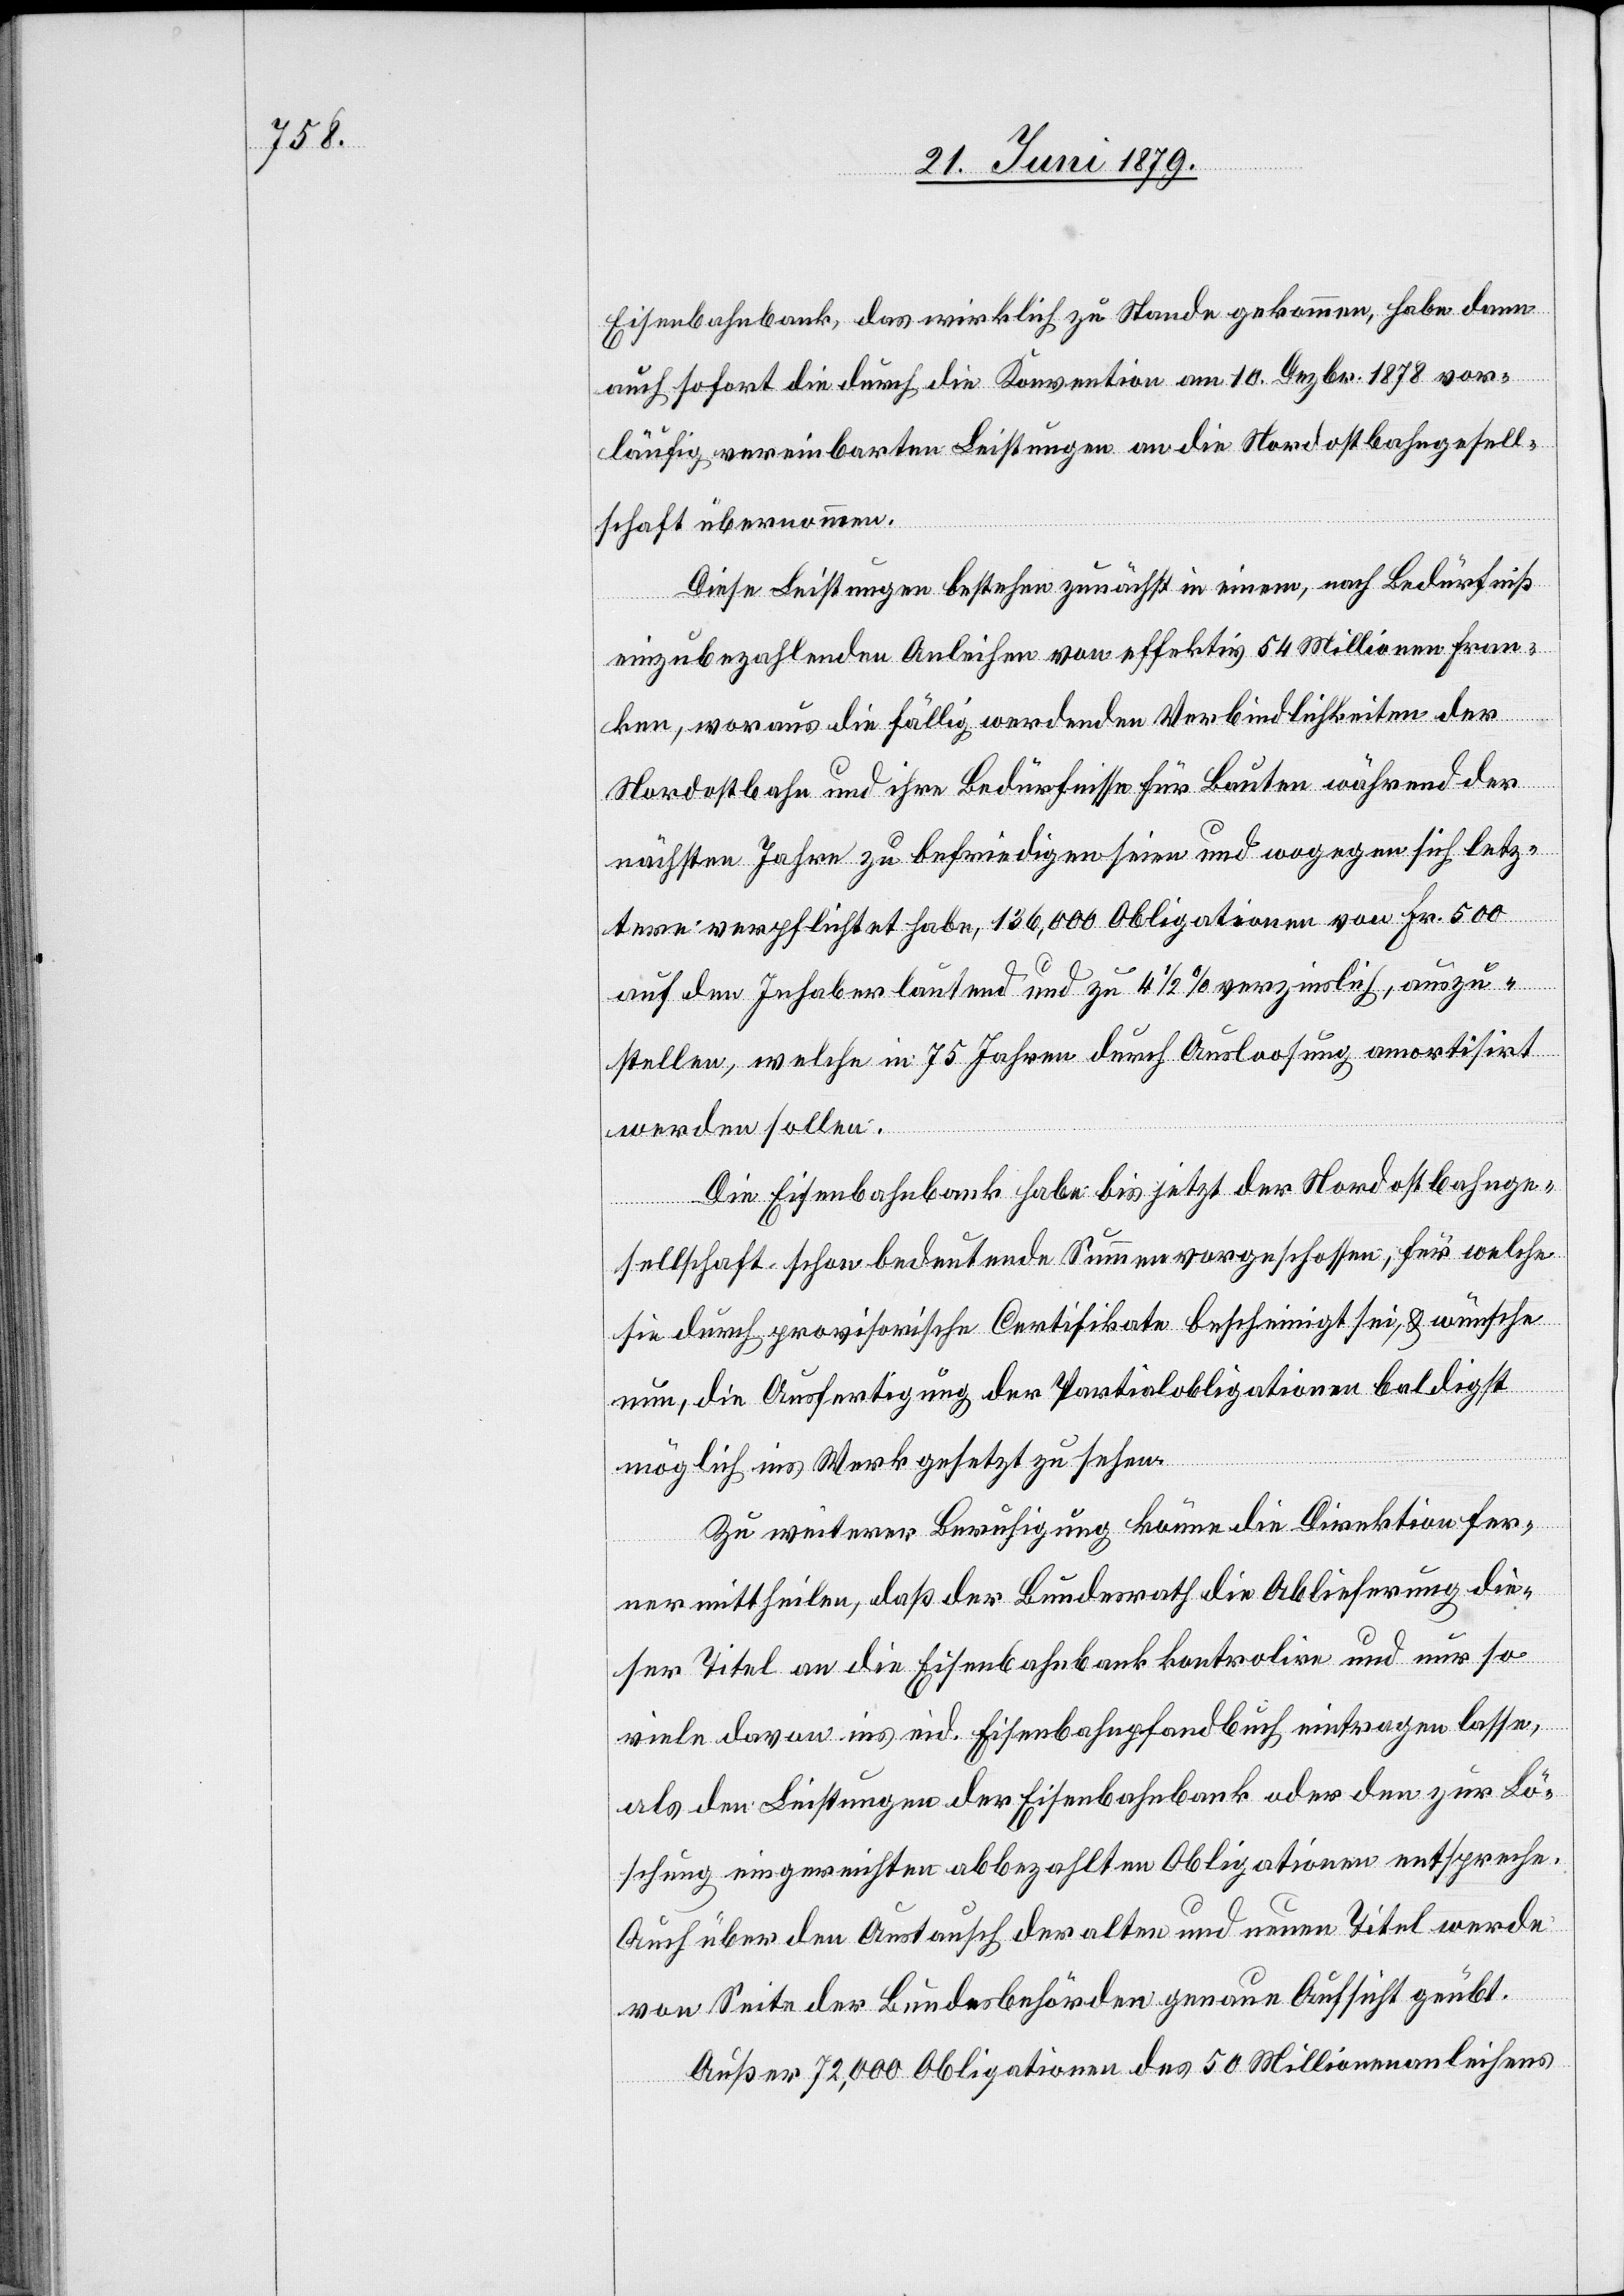
Eisenbahnbank, das wirklich zu Stande gekommen, habe dann
auch sofort die durch die Konvention am 10. Dezbr. 1878 vor¬
läufig vereinbarten Leistungen an die Nordostbahngesell¬
schaft übernommen.
Diese Leistungen bestehen zunächst in einem, nach Bedürfniß
einzubezahlenden Anleihen von effektiv 54 Millionen Fran¬
ken, woraus die fällig werdenden Verbindlichkeiten der
Nordostbahn und ihre Bedürfnisse für Bauten während der
nächsten Jahre zu befriedigen seien und wogegen sich letz¬
tere verpflichtet habe, 136,000 Obligationen von Fr. 500
auf den Inhaber lautend und zu 4 1/2% verzinslich, auszu¬
stellen, welche in 75 Jahren durch Ausloosung amortisirt
werden sollen.
Die Eisenbahnbank habe bis jetzt der Nordostbahnge¬
sellschaft schon bedeutende Summen vorgeschossen, für welche
sie durch provisorische Certifikate bescheinigt sei, & wünsche
nun, die Ausfertigung der Partialobligationen baldigst
möglich ins Werk gesetzt zu sehen.
Zu weiterer Beruhigung könne die Direktion fer¬
ner mittheilen, daß der Bundesrath die Ablieferung die¬
ser Titel an die Eisenbahnbank kontrolire und nur so
viele davon ins eid. Eisenbahnpfandbuch eintragen lasse,
als den Leistungen der Eisenbahnbank oder den zur Lö¬
schung eingereichten abbezahlten Obligationen entspreche.
Auch über den Austausch der alten und neuen Titel werde
von Seite der Bundesbehörden genaue Aufsicht geübt.
Außer 72,000 Obligationen des 50 Millionenanleihens